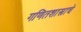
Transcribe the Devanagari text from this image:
गणितशास्त्राचे